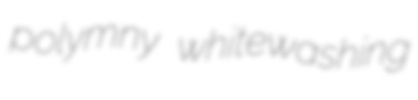
polymny whitewashing